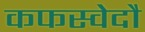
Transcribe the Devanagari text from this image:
कफस्वेदौ